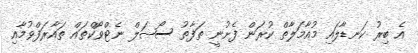
އެ ބިރު ކަނޑާލައި މުއާމަލާތް ކުރަން ފެށުނީ ތަފާތު ސޯޝަލް ނެޓްވޯކްތައް ތައާރަފްވުމާއި